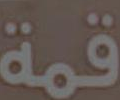
قمة